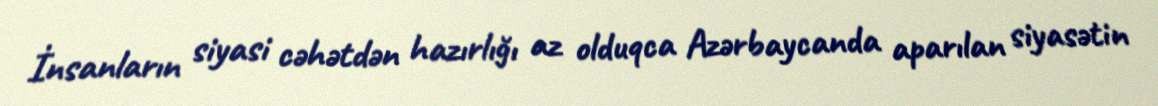
İnsanların siyasi cəhətdən hazırlığı az olduqca Azərbaycanda aparılan siyasətin